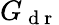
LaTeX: G_{\mathrm{~d~r~}}